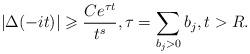
LaTeX: \begin{align*} \left|\Delta(-i t)\right| \geqslant \frac{C e^{\tau t}}{t^s}, \tau = \sum_{b_j > 0} b_j, t > R.\end{align*}